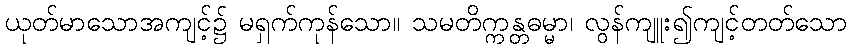
ယုတ်မာသောအကျင့်၌ မရှက်ကုန်သော။ သမတိက္ကန္တဓမ္မာ၊ လွန်ကျူး၍ကျင့်တတ်သော